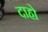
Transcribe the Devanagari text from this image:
दाहो